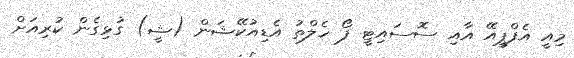
މިއީ އެފްޕީއޭ އާއި ސޮސައިޓީ ފޯ ހެލްތު އެޑިއުކޭޝަން (ޝީ) ގުޅިގެން ކުރިއަށް